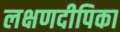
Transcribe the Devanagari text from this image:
लक्षणदीपिका